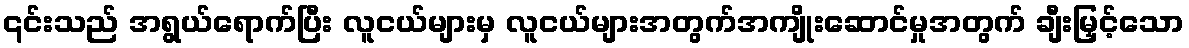
၎င်းသည် အရွယ်ရောက်ပြီး လူငယ်များမှ လူငယ်များအတွက်အကျိုးဆောင်မှုအတွက် ချီးမြှင့်သော